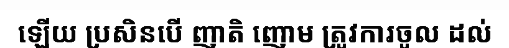
ឡើយ ប្រសិនបើ ញាតិ ញោម ត្រូវការចូល ដល់